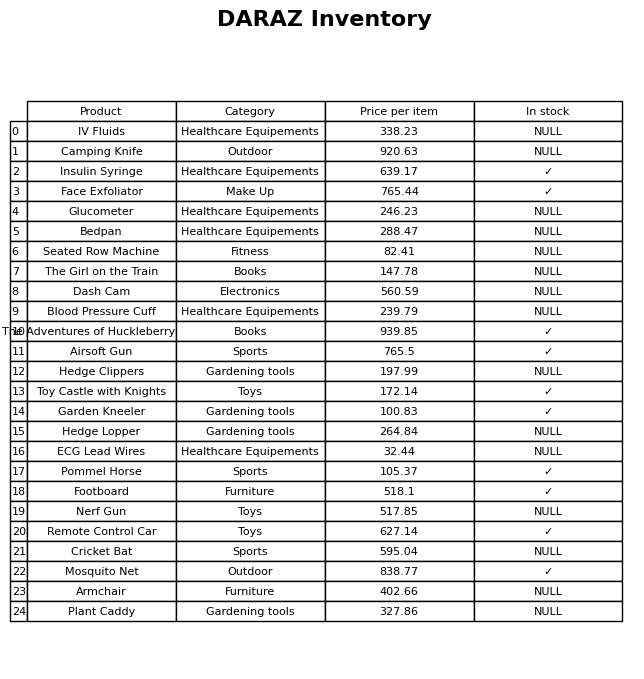
question: Which products are currently out of stock?
answer: IV Fluids, Camping Knife, Glucometer, Bedpan, Seated Row Machine, The Girl on the Train, Dash Cam, Blood Pressure Cuff, Hedge Clippers, Hedge Lopper, ECG Lead Wires, Nerf Gun, Cricket Bat, Armchair, Plant Caddy